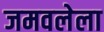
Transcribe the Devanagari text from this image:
जमवलेला